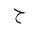
Letter: _ha